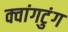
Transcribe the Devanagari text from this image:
क्वांगटुंग